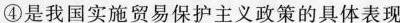
④是我国实施贸易保护主义政策的具体表现